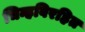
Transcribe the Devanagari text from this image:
चिन्हविरहित